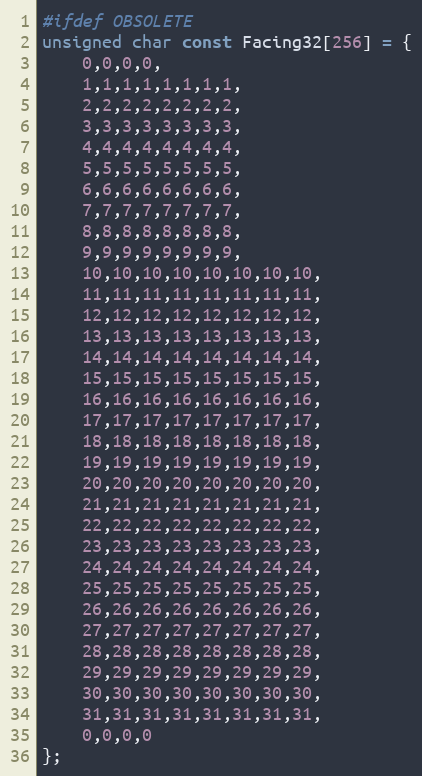
Language: C++
#ifdef OBSOLETE
unsigned char const Facing32[256] = {
	0,0,0,0,
	1,1,1,1,1,1,1,1,
	2,2,2,2,2,2,2,2,
	3,3,3,3,3,3,3,3,
	4,4,4,4,4,4,4,4,
	5,5,5,5,5,5,5,5,
	6,6,6,6,6,6,6,6,
	7,7,7,7,7,7,7,7,
	8,8,8,8,8,8,8,8,
	9,9,9,9,9,9,9,9,
	10,10,10,10,10,10,10,10,
	11,11,11,11,11,11,11,11,
	12,12,12,12,12,12,12,12,
	13,13,13,13,13,13,13,13,
	14,14,14,14,14,14,14,14,
	15,15,15,15,15,15,15,15,
	16,16,16,16,16,16,16,16,
	17,17,17,17,17,17,17,17,
	18,18,18,18,18,18,18,18,
	19,19,19,19,19,19,19,19,
	20,20,20,20,20,20,20,20,
	21,21,21,21,21,21,21,21,
	22,22,22,22,22,22,22,22,
	23,23,23,23,23,23,23,23,
	24,24,24,24,24,24,24,24,
	25,25,25,25,25,25,25,25,
	26,26,26,26,26,26,26,26,
	27,27,27,27,27,27,27,27,
	28,28,28,28,28,28,28,28,
	29,29,29,29,29,29,29,29,
	30,30,30,30,30,30,30,30,
	31,31,31,31,31,31,31,31,
	0,0,0,0
};